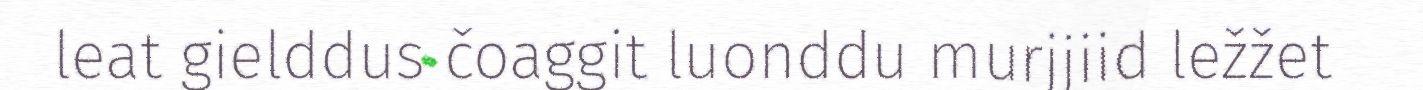
leat gielddus čoaggit luonddu murjjiid ležžet